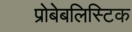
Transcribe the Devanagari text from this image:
प्रोबेबलिस्टिक